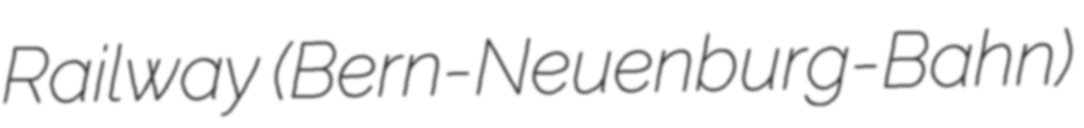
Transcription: Railway (Bern-Neuenburg-Bahn)